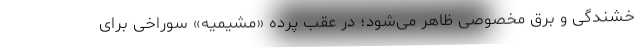
خشندگی و برق مخصوصی ظاهر می‌شود؛ در عقب پرده «مشیمیه» سوراخی برای